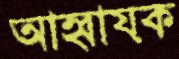
আহ্বায়ক